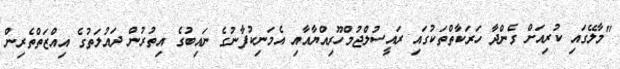
"މާލޭގައި ކުރިއަށް ގެންދާ ހަރަކާތްތަކުގައި ރައީސުލްޖުމްހޫރިއްޔާއާއި އެމަނިކުފާނުގެ ނައިބުގެ އިތުރުން ދައުލަތުގެ އިއްޒަތްތެރިން